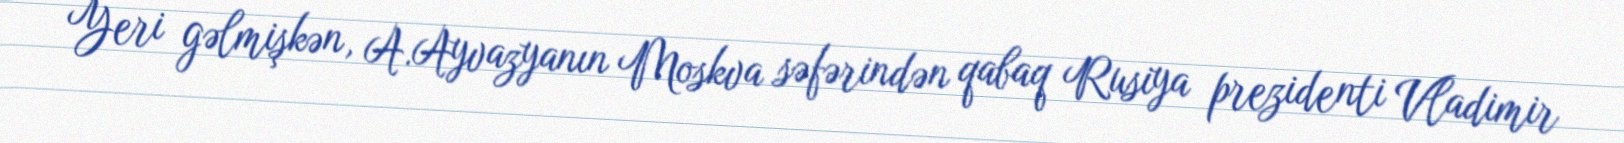
Yeri gəlmişkən, A.Ayvazyanın Moskva səfərindən qabaq Rusiya prezidenti Vladimir